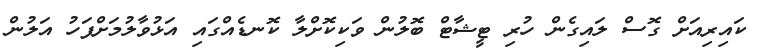
ކައިރިއަށް ގޮސް ލައިގެން ހުރި ޓީޝާޓް ބޮލުން ވަކިކޮށްލާ ކޮނޑެއްގައި އަޅުވާލުމަށްފަހު އަލުން